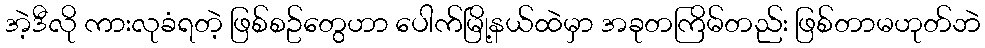
အဲ့ဒီလို ကားလုခံရတဲ့ ဖြစ်စဥ်တွေဟာ ပေါက်မြို့နယ်ထဲမှာ အခုတကြိမ်တည်း ဖြစ်တာမဟုတ်ဘဲ